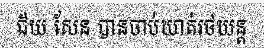
ជ័យ សែន បានចាប់ឃាត់រថយន្ត